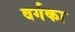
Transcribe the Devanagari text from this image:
वर्गका